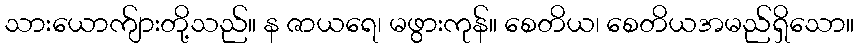
သားယောက်ျားတို့သည်။ န ဇာယရေ၊ မဖွားကုန်။ စေတိယ၊ စေတိယအမည်ရှိသော။